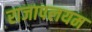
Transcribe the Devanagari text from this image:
राजापलयम